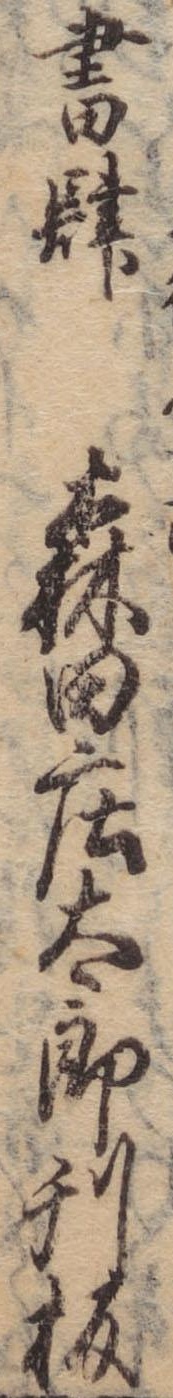
書肆森田荘太郎刊板